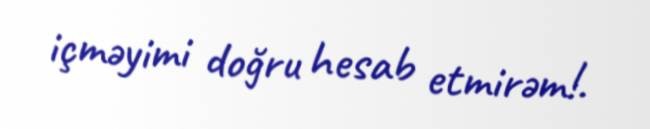
içməyimi doğru hesab etmirəm!.